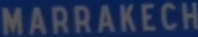
MARRAKECH